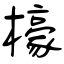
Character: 檺